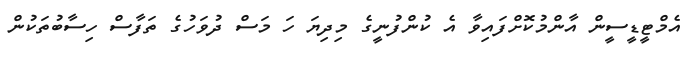
އެމްޓީޑީސީން އާންމުކޮށްފައިވާ އެ ކުންފުނީގެ މިދިޔަ ހަ މަސް ދުވަހުގެ ތަފާސް ހިސާބުތަކުން